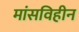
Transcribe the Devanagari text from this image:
मांसविहीन